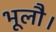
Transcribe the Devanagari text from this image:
भूलौ।